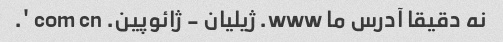
نه دقیقا آدرس ما www. ژیلیان - ژائوپین. com cn '.